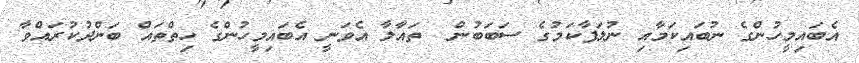
އެބައިމީހުންގެ ނުބައިކަމާއި ނުލަފާކަމުގެ ސަބަބުން  ތައާލާ އެވަނީ އެބައިމީހުންގެ ހިތްތައް ބަންދުކުރައްވާ